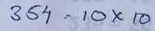
354 = 10 x 10